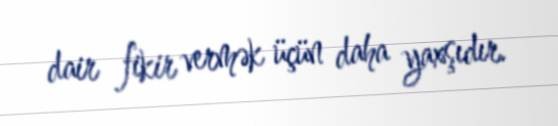
dair fikir vermək üçün daha yaxşıdır.